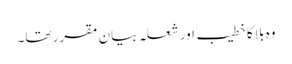
وہ بلا کا خطیب اور شعلہ بیان مقرر تھا۔